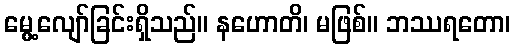
မွေ့လျော်ခြင်းရှိသည်။ နဟောတိ၊ မဖြစ်။ ဘဿရတော၊